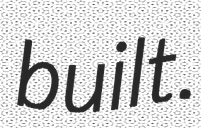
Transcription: built.